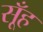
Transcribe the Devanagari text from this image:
सूँह